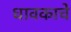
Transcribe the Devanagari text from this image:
धावकाचे